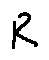
R